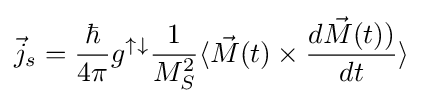
{\vec {j}}_{s}={\hbar  \over {4\pi }}g^{\uparrow \downarrow }{1 \over M_{S}^{2}}\langle {\vec {M}}(t)\times {{d{\vec {M}}(t))} \over {dt}}\rangle